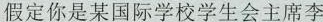
假定你是某国际学校学生会主席李